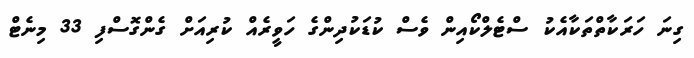
ގިނަ ހަރަކާތްތަކާއެކު ސްޓެލްކޯއިން ވެސް ކުޑަކުދިންގެ ހަވީރެއް ކުރިއަށް ގެންގޮސްފި 33 މިނެޓް